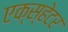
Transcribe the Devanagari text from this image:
एक्स्हेटर